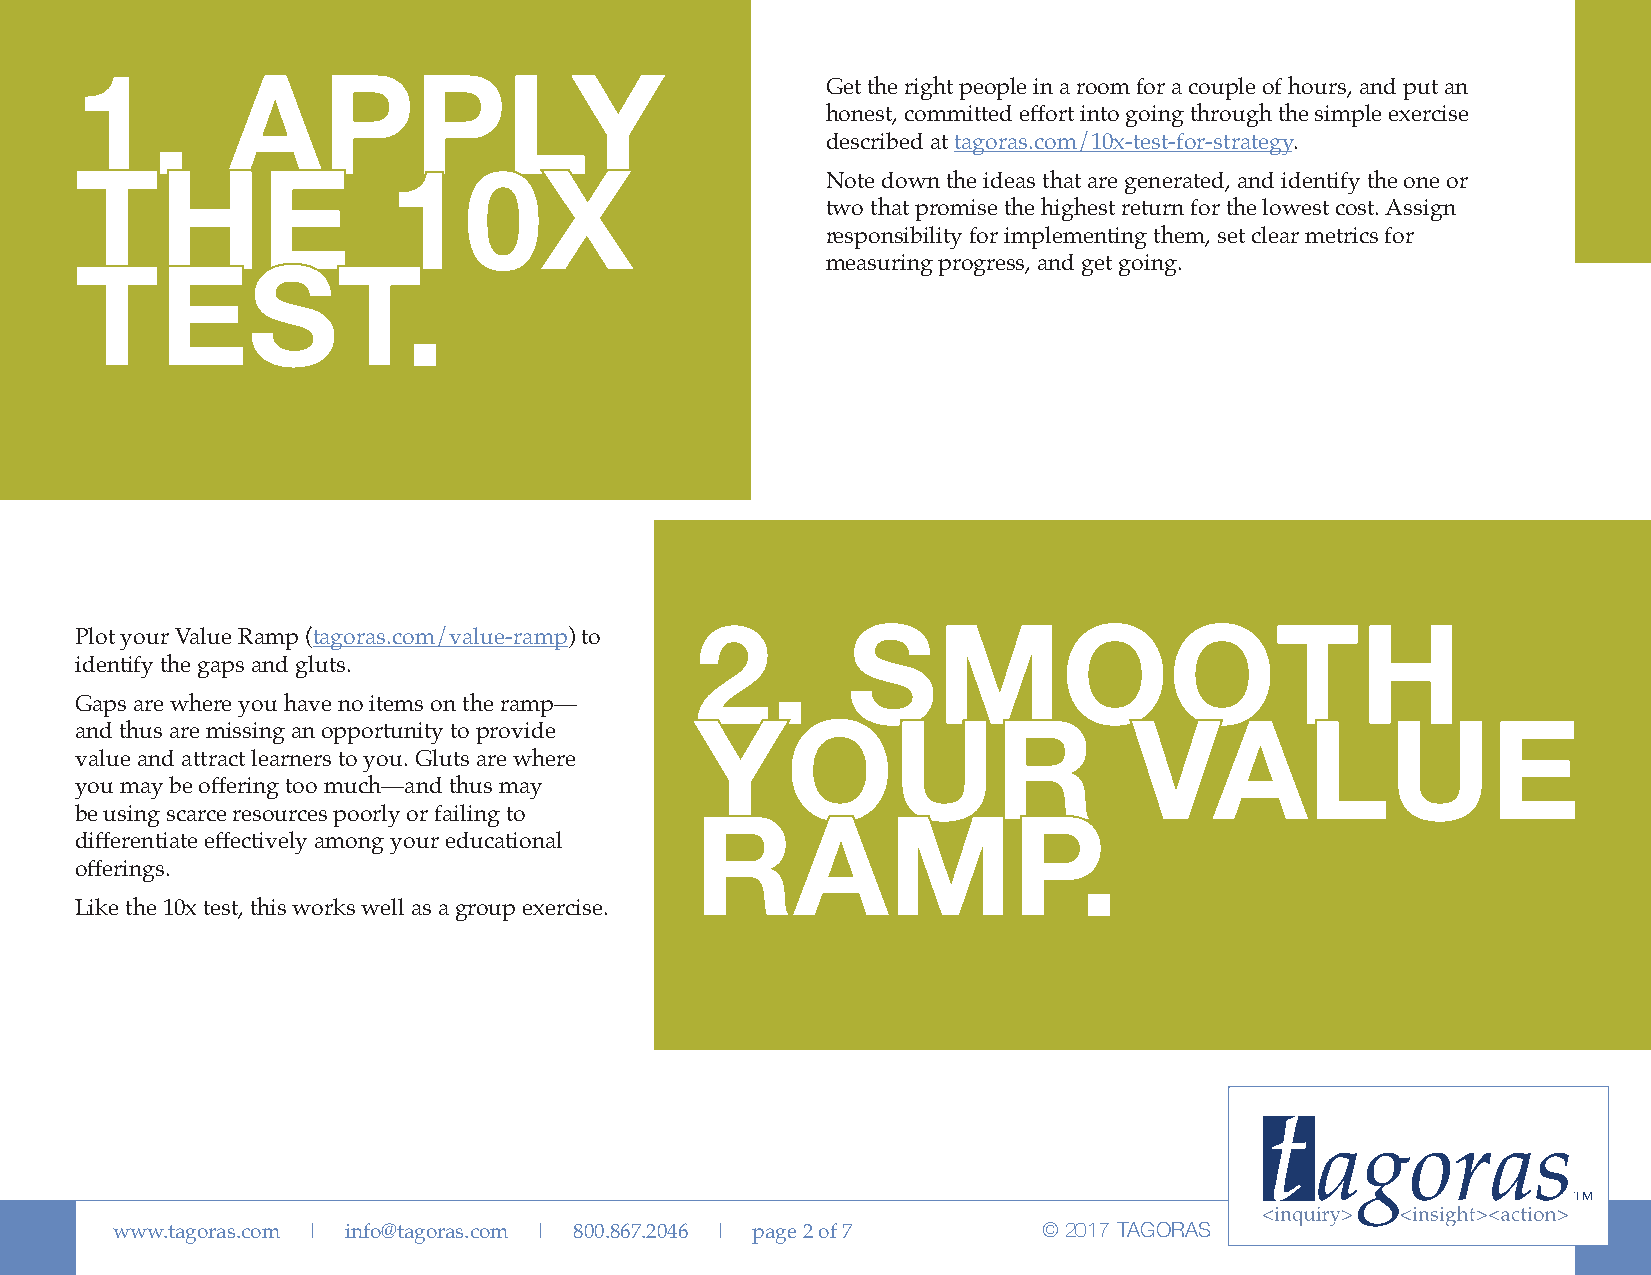
Get the right people in a room for a couple of hours, and put an
 1.        APPLY
 honest, committed effort into going through the simple exercise
 described at tagoras.com/10x-test-for-strategy.
 Note down the ideas that are generated, and identify the one or
 THE                  10X                          two that promise the highest return for the lowest cost. Assign
 responsibility for implementing them, set clear metrics for
 measuring progress, and get going.
 TEST.
 Plot your Value Ramp (tagoras.com/value-ramp) to
 2.        SMOOTH
 identify the gaps and gluts.
 Gaps are where you have no items on the ramp—
 and thus are missing an opportunity to provide
 value and attract learners to you. Gluts are where YOUR               VALUE
 you may be offering too much—and thus may
 be using scarce resources poorly or failing to
 differentiate effectively among your educational
 RAMP.
 offerings.
 Like the 10x test, this works well as a group exercise.
 www.tagoras.com | info@tagoras.com | 800.867.2046 | page 2 of 7 © 2017 TAGORAS